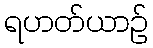
ရဟတ်ယာဉ်